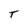
Character: T